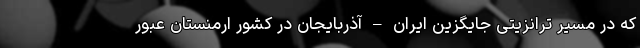
که در مسیر ترانزیتی جایگزین ایران – آذربایجان در کشور ارمنستان عبور